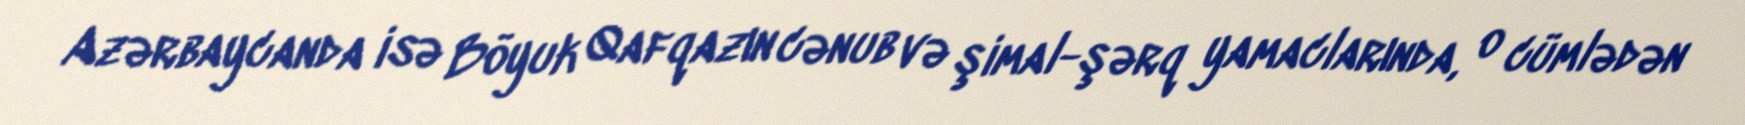
Azərbaycanda isə Böyuk Qafqazın cənub və şimal-şərq yamaclarında, o cümlədən